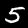
Label: 5